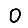
Digit: 0